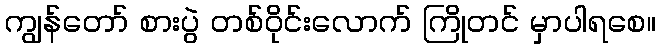
ကျွန်တော် စားပွဲ တစ်ဝိုင်းလောက် ကြိုတင် မှာပါရစေ။